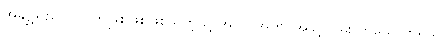
အချို့သည်ပုဂ္ဂလိကဖြစ်ဖြစ်ဖြစ်သကဲ့သို့ အလုပ်အကိုင်အခွင့်လမ်း တယောက်ရယ်